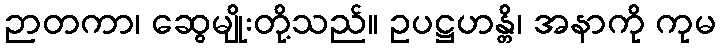
ဉာတကာ၊ ဆွေမျိုးတို့သည်။ ဥပဋ္ဌဟန္တိ၊ အနာကို ကုမ